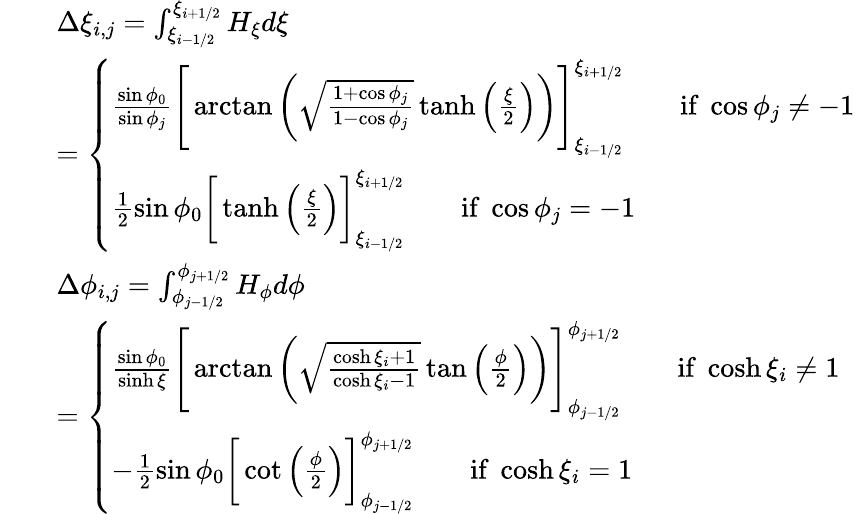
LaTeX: \begin{array}{rl}&{\begin{array}{rl}&{\Delta\xi_{i,j}=\int_{\xi_{i-1/2}}^{\xi_{i+1/2}}H_{\xi}d\xi}\\ &{=\left\{ \begin{array}{ll}{\frac{\sin\phi_{0}}{\sin\phi_{j}}\Bigg[\arctan\left(\sqrt{\frac{1+\cos\phi_{j}}{1-\cos\phi_{j}}}\operatorname{tanh}\left(\frac{\xi}{2}\right)\right)\Bigg]_{\xi_{i-1/2}}^{\xi_{i+1/2}}\qquad\mathrm{if~}\cos\phi_{j}\ne-1}\\ {\frac{1}{2}\sin\phi_{0}\bigg[\operatorname{tanh}\left(\frac{\xi}{2}\right)\bigg]_{\xi_{i-1/2}}^{\xi_{i+1/2}}\qquad\mathrm{if~}\cos\phi_{j}=-1}\end{array}\right.}\end{array}}\\ &{\begin{array}{rl}&{\Delta\phi_{i,j}=\int_{\phi_{j-1/2}}^{\phi_{j+1/2}}H_{\phi}d\phi}\\ &{=\left\{ \begin{array}{ll}{\frac{\sin\phi_{0}}{\sinh\xi}\Bigg[\arctan\left(\sqrt{\frac{\cosh\xi_{i}+1}{\cosh\xi_{i}-1}}\tan\left(\frac{\phi}{2}\right)\right)\Bigg]_{\phi_{j-1/2}}^{\phi_{j+1/2}}\qquad\mathrm{if~}\cosh\xi_{i}\ne 1}\\ {-\frac{1}{2}\sin\phi_{0}\bigg[\cot\left(\frac{\phi}{2}\right)\bigg]_{\phi_{j-1/2}}^{\phi_{j+1/2}}\qquad\mathrm{if~}\cosh\xi_{i}=1}\end{array}\right.}\end{array}}\end{array}